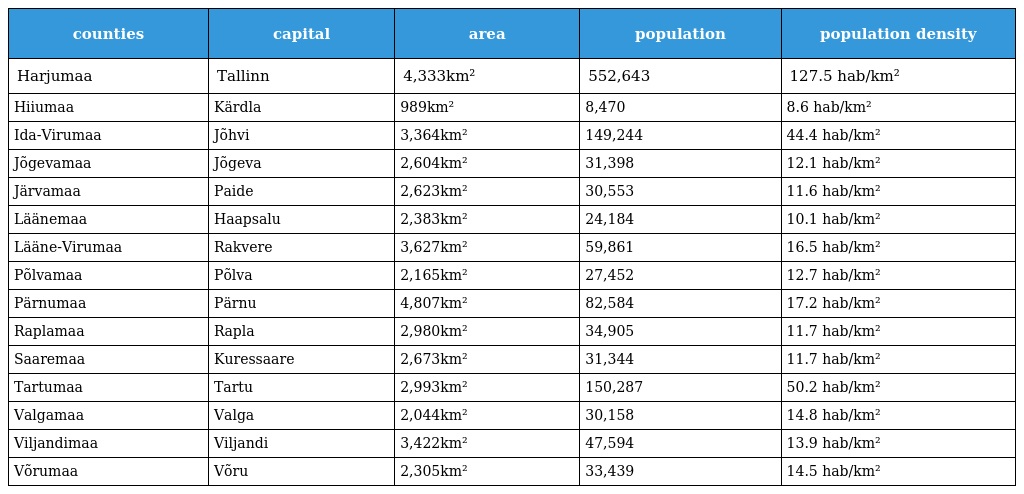
| counties | capital | area | population | population density |
 | --- | --- | --- | --- | --- |
 | Harjumaa | Tallinn | 4,333km² | 552,643 | 127.5 hab/km² |
 | Hiiumaa | Kärdla | 989km² | 8,470 | 8.6 hab/km² |
 | Ida-Virumaa | Jõhvi | 3,364km² | 149,244 | 44.4 hab/km² |
 | Jõgevamaa | Jõgeva | 2,604km² | 31,398 | 12.1 hab/km² |
 | Järvamaa | Paide | 2,623km² | 30,553 | 11.6 hab/km² |
 | Läänemaa | Haapsalu | 2,383km² | 24,184 | 10.1 hab/km² |
 | Lääne-Virumaa | Rakvere | 3,627km² | 59,861 | 16.5 hab/km² |
 | Põlvamaa | Põlva | 2,165km² | 27,452 | 12.7 hab/km² |
 | Pärnumaa | Pärnu | 4,807km² | 82,584 | 17.2 hab/km² |
 | Raplamaa | Rapla | 2,980km² | 34,905 | 11.7 hab/km² |
 | Saaremaa | Kuressaare | 2,673km² | 31,344 | 11.7 hab/km² |
 | Tartumaa | Tartu | 2,993km² | 150,287 | 50.2 hab/km² |
 | Valgamaa | Valga | 2,044km² | 30,158 | 14.8 hab/km² |
 | Viljandimaa | Viljandi | 3,422km² | 47,594 | 13.9 hab/km² |
 | Võrumaa | Võru | 2,305km² | 33,439 | 14.5 hab/km² |